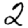
Digit: 2